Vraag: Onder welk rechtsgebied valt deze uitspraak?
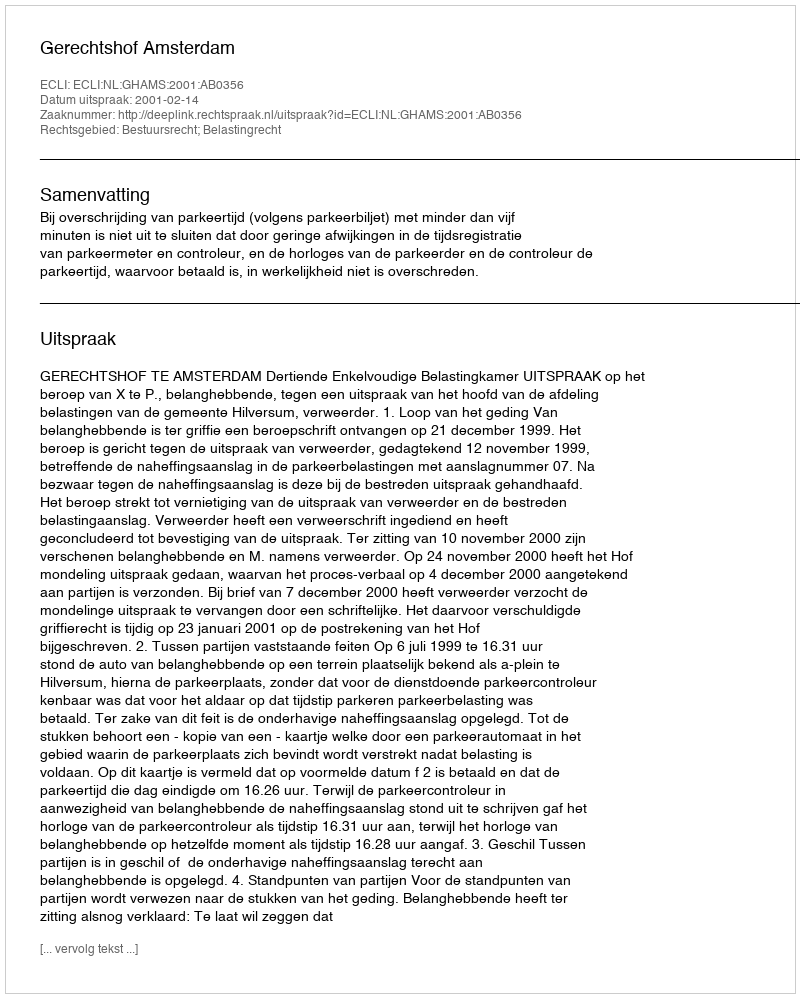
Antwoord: Bestuursrecht; Belastingrecht